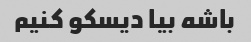
باشه بیا دیسکو کنیم